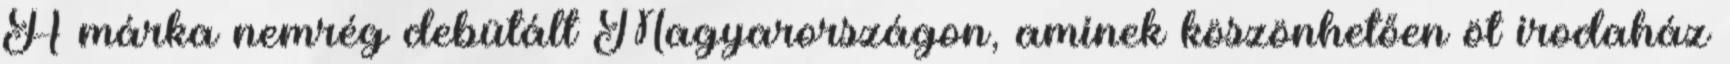
A márka nemrég debütált Magyarországon, aminek köszönhetően öt irodaház